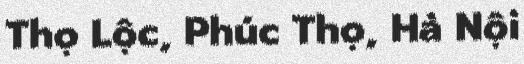
Thọ Lộc, Phúc Thọ, Hà Nội